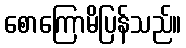
စောကြောမိပြန်သည်။